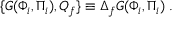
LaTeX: \{ G ( \Phi _ { i } , \Pi _ { i } ) , Q _ { f } \} \equiv \Delta _ { f } G ( \Phi _ { i } , \Pi _ { i } ) \; .